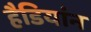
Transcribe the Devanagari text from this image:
हैडियांन